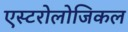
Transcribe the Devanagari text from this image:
एस्टरोलोजिकल